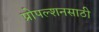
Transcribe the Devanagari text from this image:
प्रोपल्शनसाठी